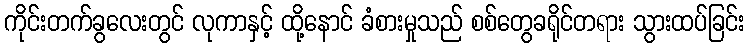
ကိုင်းတက်ခွလေးတွင် လုကာနှင့် ထို့နောင် ခံစားမှုသည် စစ်တွေခရိုင်တရား သွားထပ်ခြင်း